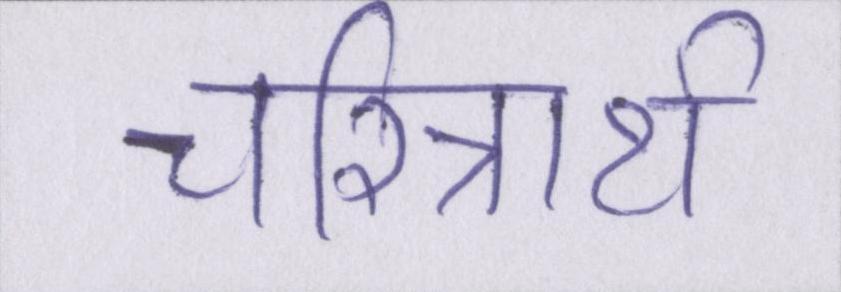
चरित्रार्थ